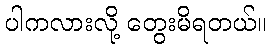
ပါကလားလို့ တွေးမိရတယ်။